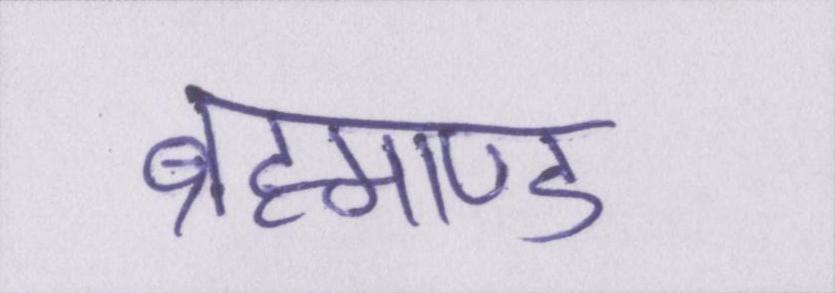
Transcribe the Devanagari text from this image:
ब्रह्माण्ड